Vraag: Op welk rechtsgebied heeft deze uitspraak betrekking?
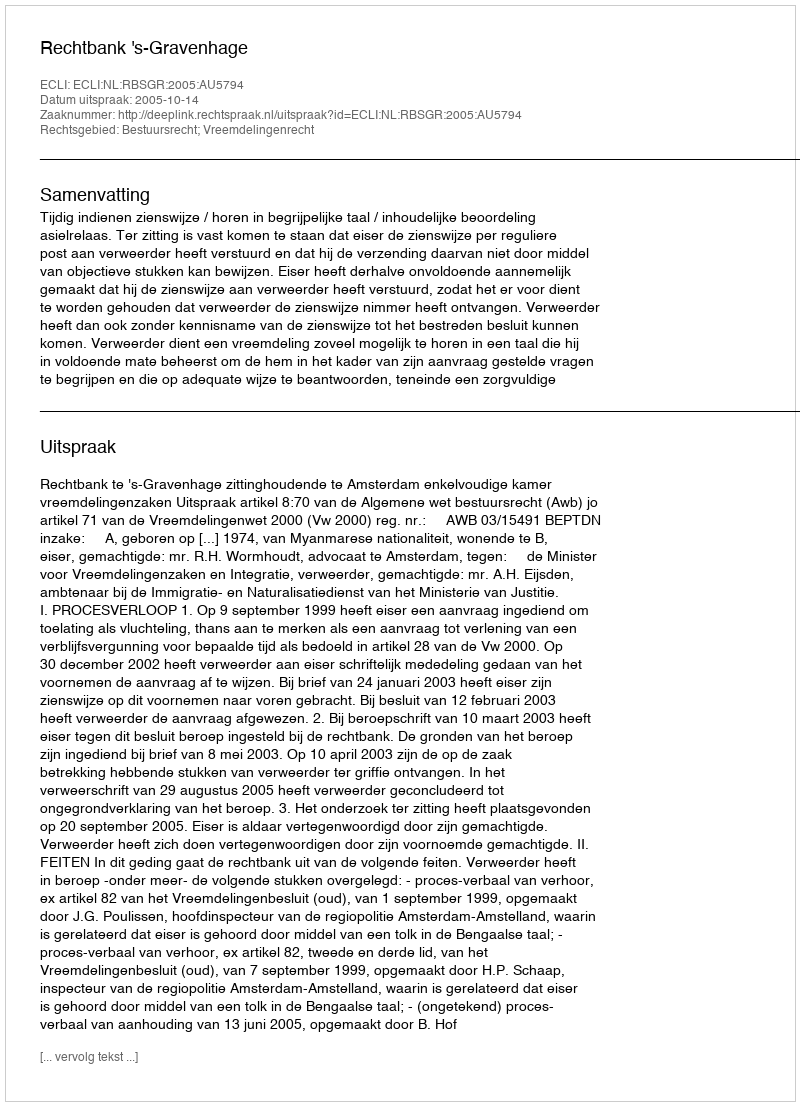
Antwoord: Bestuursrecht; Vreemdelingenrecht